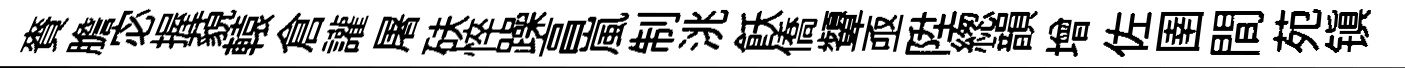
賚膽宓握藐轅倉讙屠砆悴躁亯嵐制洮飫僑顰亟陞緫韻增佐圉間苑镇